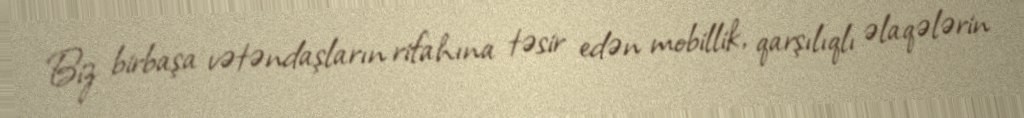
Biz birbaşa vətəndaşların rifahına təsir edən mobillik, qarşılıqlı əlaqələrin